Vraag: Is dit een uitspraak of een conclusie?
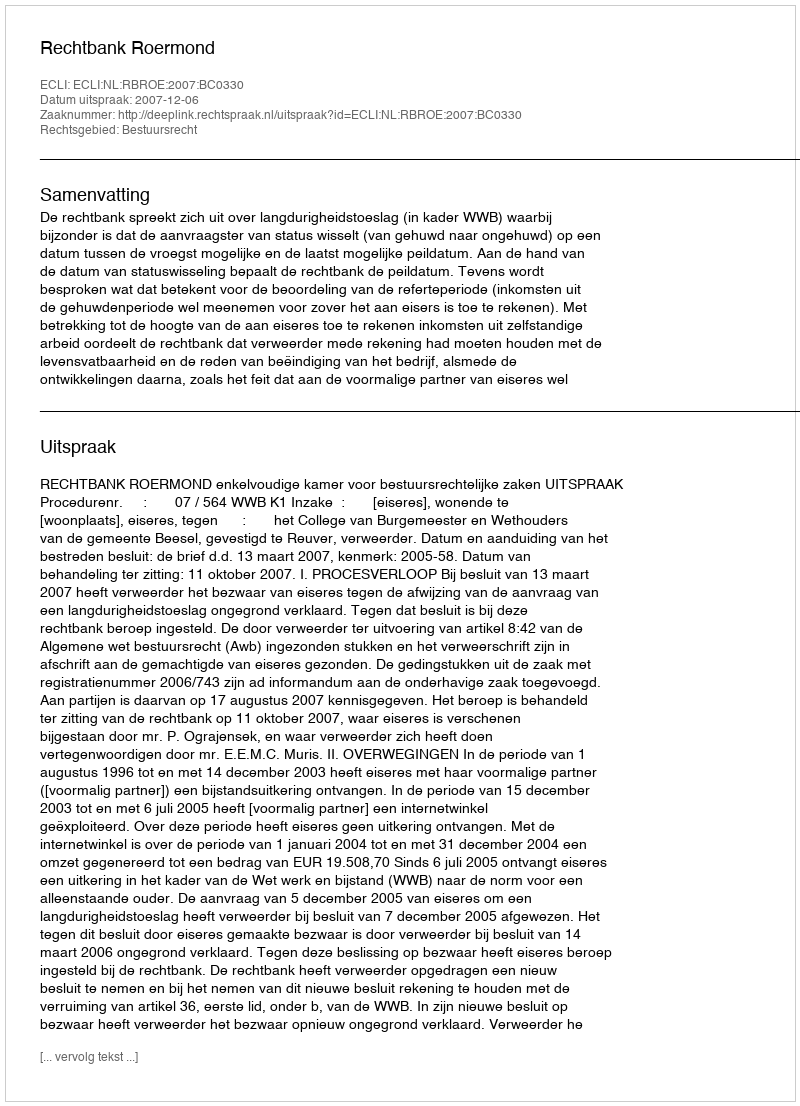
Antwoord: Uitspraak